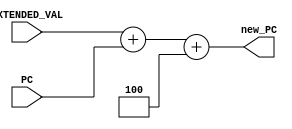
module pc_adder(EXTENDED_VAL,PC,new_PC);

    input [31:0] EXTENDED_VAL;
    input [31:0] PC;
    output [31:0] new_PC;               //output the manipulated pc value

    assign #1 new_PC = EXTENDED_VAL + PC + 4;           //assigning the new PC value by adding the extended value

endmodule